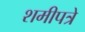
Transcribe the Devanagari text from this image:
शमीपत्रे